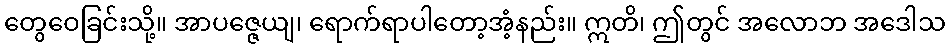
တွေဝေခြင်းသို့။ အာပဇ္ဇေယျ၊ ရောက်ရာပါတော့အံ့နည်း။ ဣတိ၊ ဤတွင် အလောဘ အဒေါသ